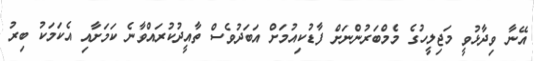
އޭނާ ވިދާޅުވީ މަޖިލީހުގެ މެމްބަރުންނަށް ފާޑުކިއުމަށް އަބަދުވެސް ތާއީދުކުރައްވާނެ ކަމަށާއި އެކަމަކު ބިރު